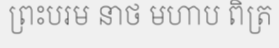
ព្រះបរម នាថ មហាប ពិត្រ